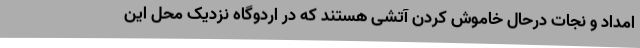
امداد و نجات درحال خاموش کردن آتشی هستند که در اردوگاه نزدیک محل این